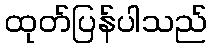
ထုတ်ပြန်ပါသည်